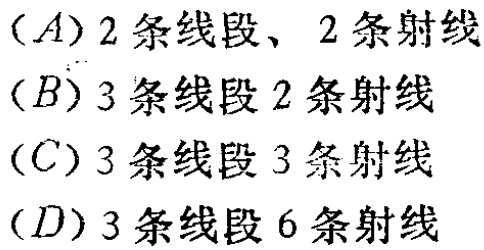
$(A)2\text{ 条线段、}2\text{ 条射线}$
$(B)3\text{ 条线段 }2\text{ 条射线}$
$(C)3\text{ 条线段 }3\text{ 条射线}$
$(D)3\text{ 条线段 }6\text{ 条射线}$